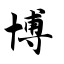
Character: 博